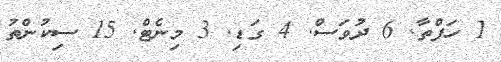
1 ހަފްތާ